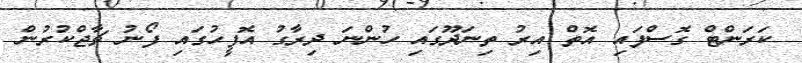
ކަރަންޓް ގޮސްފައި އޮތް އިރު ތިނަދޫގައި ހުންނަ ދިރާގު އޮފީހުގައި ފޯނު ޗާޖްކުރުން